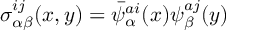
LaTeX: \sigma _ { \alpha \beta } ^ { i j } ( x , y ) = \bar { \psi } _ { \alpha } ^ { a i } ( x ) \psi _ { \beta } ^ { a j } ( y )